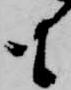
も